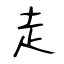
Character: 走